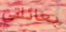
بعائلتي